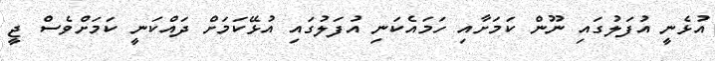
އުޅެނީ އުފަލުގައި ނޫން ކަމަށާއި ހަމައެކަނި އުފަލުގައި އުޅޭކަމަށް ދައްކަނީ ކަމަށްވެސް ޖީ